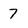
Character: 7